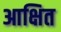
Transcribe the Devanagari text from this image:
आक्षित